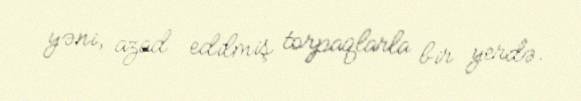
yəni, azad edilmiş torpaqlarla bir yerdə.